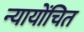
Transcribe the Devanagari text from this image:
न्‍यायोंचित